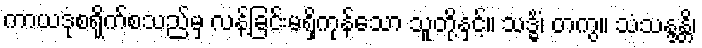
ကာယဒုစရိုက်စသည်မှ လန့်ခြင်းမရှိကုန်သော သူတို့နှင့်။ သဒ္ဓိံ၊ တကွ။ သံသန္ဒန္တိ၊